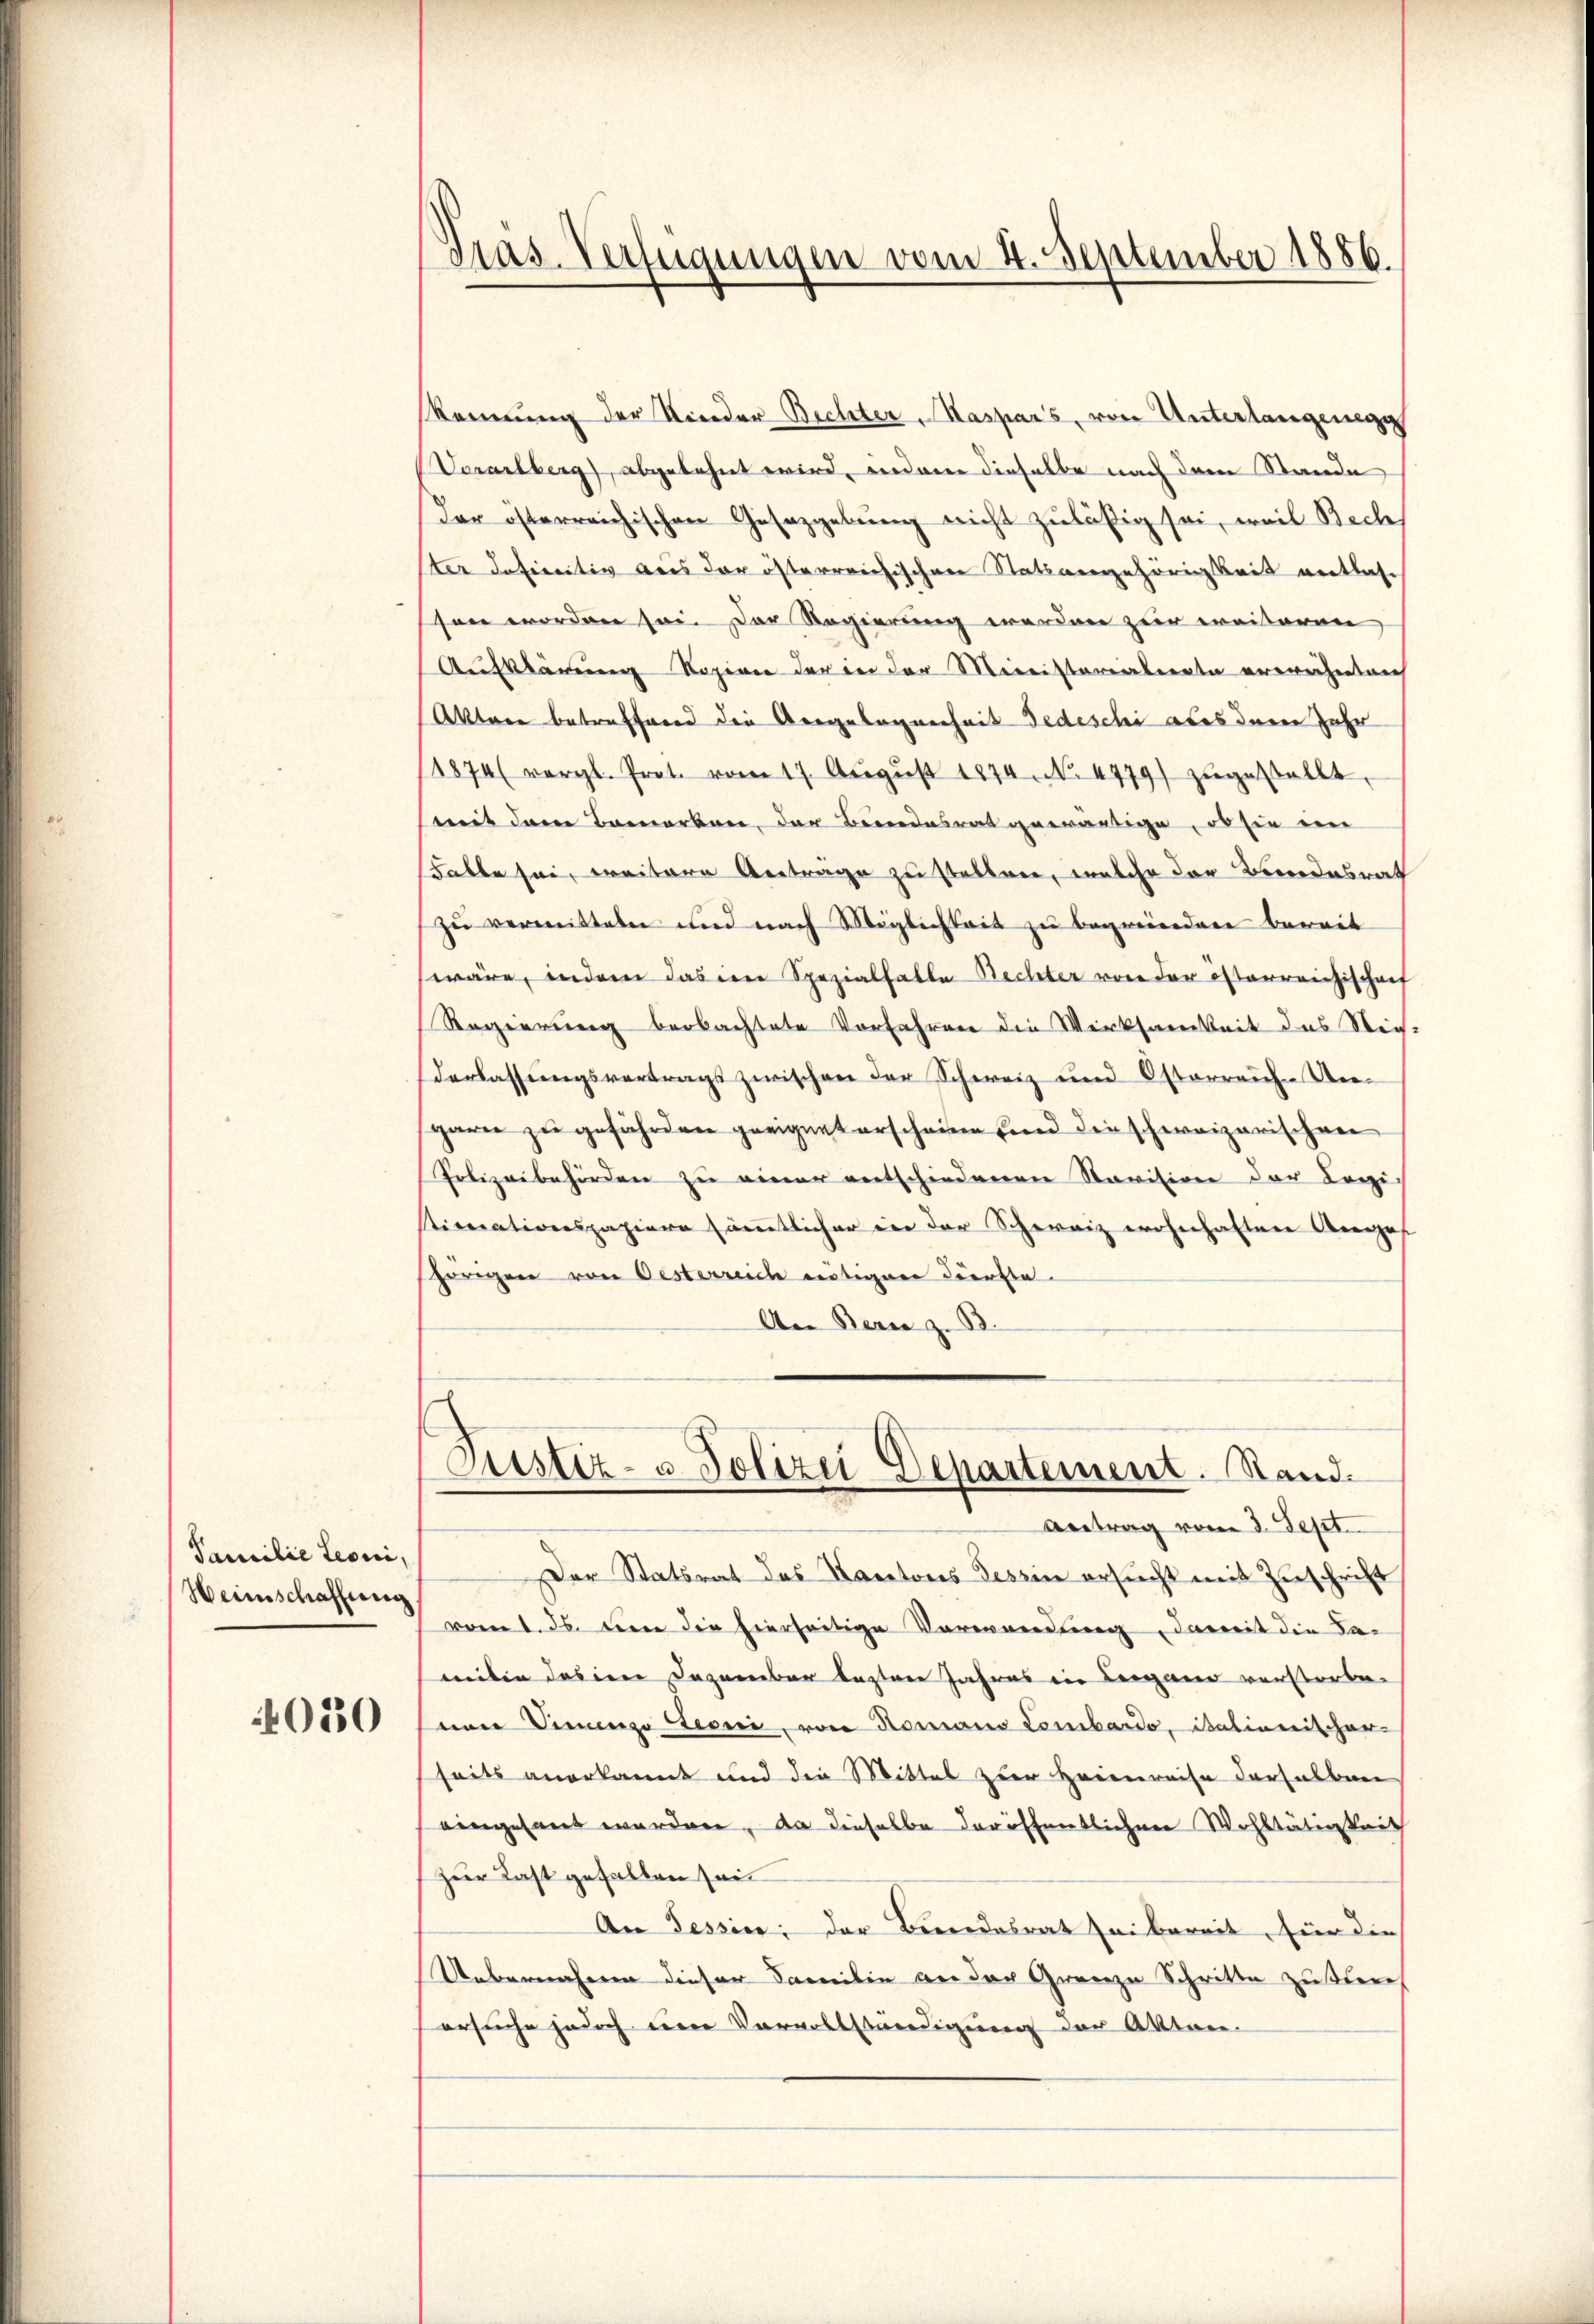
Familie Leoni,
Heimschaffung

030

Pras. Verfügungen vom 4. September 1886.

Ronung der Kinder-Bechter, Kaspars, von Unterlangenegg
Vorarlberg), abgelehnt wird, indem dieselbe nach dem Stande
Der österreichischen Gesetzgebung nicht zuläßig sei, weil Bech
ster definitiv aus der österreichischen Statsangehörigkeit entlassen worden sei. Der Regierung werden zur weiteren
Aufklärung Kopien der in der Meinistereiternte erwächentrich
Aktare betreffend die Aergelegenheit Jedeschi aber deren Jahr
1874 (vergl. Prot. vom 17. Aŭgŭst 1874. No. 4779) zŭgestellt
mit dem Bauarben, der Beendesrat gewärtige, ob sie im
Falle sei, weitere Anträge zu stellen, welche der Bundesrat
zŭ vermitteln und nach Möglichkeit zu begreierden bereit
wäre, indem das im Spezialfalle Bechter von der österreichischaf
Regierung beobachtete Vorfahren die Werksamkeit des Weih-
Verlassungsvertrags zwischen der Schweiz und Osterreiche Ungarn zu gefährden geeignet erscheine und die schweizerischen
Polizeibehörden zu einer entschiedenen Navision der Legi
Sicerationspapiere sämmtlicher in der Schweiz wohnhaften Anges
hörigen von Oesterreich nötigen dürfte.
An Bern z. B.

¬
Justiz- u Polizei Departement. Stand.

Antrag vom 2. Sept.
Der Statsrat des Kantons Tessin ersucht mit Zuschrift
vom l. Js. den die hierseitige Verwendung, damit die daweiten das in Dezember lezten Jahres in Leigano verstorben
seine Vincenz Seoni, von Romano Lombardo, italienischer-
seits anerkannt und die Mittel zur Heimreise derselben
eingesant werden, da dieselbe der öffentlichen Wohltätigkeit
Zur Last gefallen sei
An Tessier; der Beendesrat sei bereit, für die
Uebernahme dieser Familie an der Grenze Schritte zu strech
ersuche jedoch eine Vervollständigung der Akten